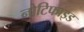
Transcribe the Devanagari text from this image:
नोटिफाइड